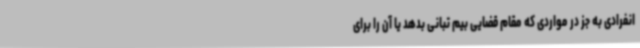
انفرادی به جز در مواردی که مقام قضایی بیم تبانی بدهد یا آن را برای